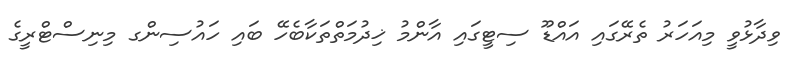
ވިދާޅުވީ މިއަހަރު ތެރޭގައި އައްޑޫ ސިޓީގައި އާންމު ޚިދުމަތްތަކާބެހޭ ބައި ހައުސިންގ މިނިސްޓްރީގެ